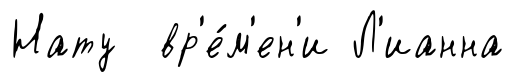
Нату вр'е́м'ен'и Л'ианна